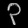
Digit: ၃